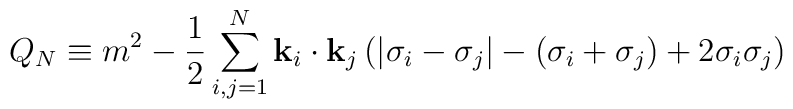
Q_N\equiv m^2-{1\over2}\sum_{i,j=1}^N {\bf k}_i\cdot{\bf k}_j\left(|\sigma_i-\sigma_j|-(\sigma_i+\sigma_j)+2\sigma_i \sigma_j\right)